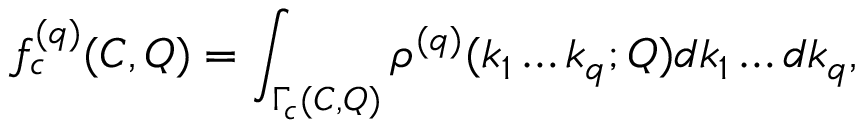
f _ { c } ^ { ( q ) } ( C , Q ) = \int _ { \Gamma _ { c } ( C , Q ) } \rho ^ { ( q ) } ( k _ { 1 } \dots k _ { q } ; Q ) d k _ { 1 } \dots d k _ { q } ,